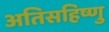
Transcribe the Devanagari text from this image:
अतिसहिष्णु